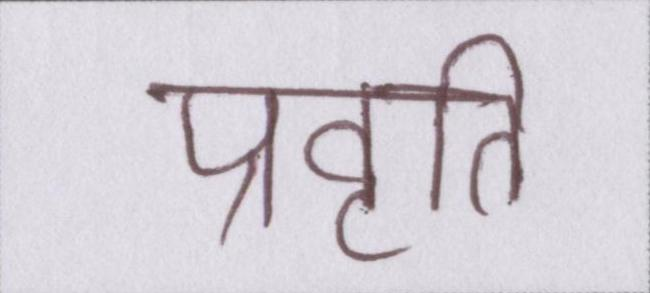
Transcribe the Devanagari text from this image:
प्रवृति